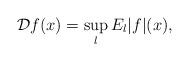
LaTeX: \begin{align*}\mathcal{D}f(x)=\sup_{l} E_{l}|f|(x),\end{align*}